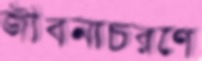
জীবনাচরণে